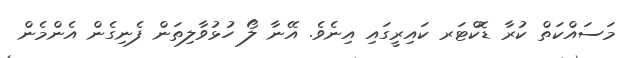
މަސައްކަތް ކުރާ ޑޮކްޓަރ ކައިރީގައި އިނެވެ. އޭނާ ލޯ ހުޅުވާލިތަން ފެނިގެން އެންމެން